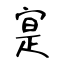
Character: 寔